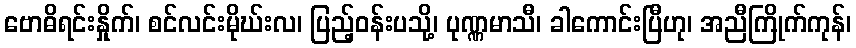
ဗောဓိရင်းနှိုက်၊ စင်လင်းမိုဃ်းလ၊ ပြည့်ဝန်းပသို့၊ ပုဏ္ဏမာသီ၊ ခါကောင်းပြီဟု၊ အညီကြိုက်ကုန်၊